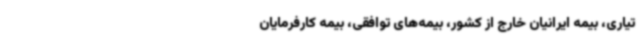
تیاری، بیمه ایرانیان خارج از کشور، بیمه‌های توافقی، بیمه کارفرمایان